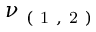
\nu _ { \mathrm { ~ ( ~ 1 ~ , ~ 2 ~ ) ~ } }